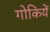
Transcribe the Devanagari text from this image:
गोकियें